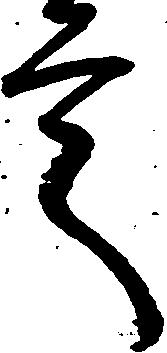
言